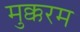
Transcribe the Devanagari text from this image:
मुक्करम